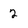
Character: 2